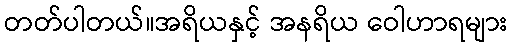
တတ်ပါတယ်။အရိယနှင့် အနရိယ ဝေါဟာရများ